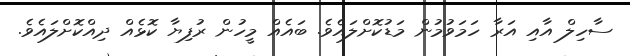
ސާހިލް އާއި އަރާ ހަމަވުމުން މަޑުކޮށްލައެވެ. ބައެއް މީހުން ރުފިޔާ ކޮޅެއް ދިއްކޮށްލައެވެ.